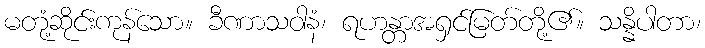
မတုံ့ဆိုင်းကုန်သော။ ခီဏာသဝါနံ၊ ရဟန္တာအရှင်မြတ်တို့၏။ သန္နိပါတာ၊